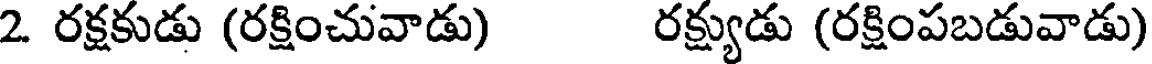
2 రక్షకుడు (రక్షించువాడు) రక్ష్యుడు (రక్షింపబడువాడు)